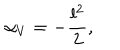
LaTeX: \alpha _ { V } = - \frac { l ^ { 2 } } { 2 } , \; \;